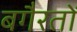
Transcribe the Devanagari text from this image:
बगैरतों